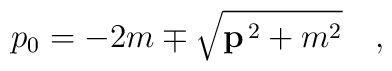
p_0 = -2m \mp \sqrt{{\bf p}^{\,2}+m^2}\quad,